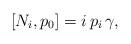
\begin{align*}[N_i, p_0] = i\, p_i\, \gamma,\end{align*}